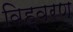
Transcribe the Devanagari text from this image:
विह्वरण